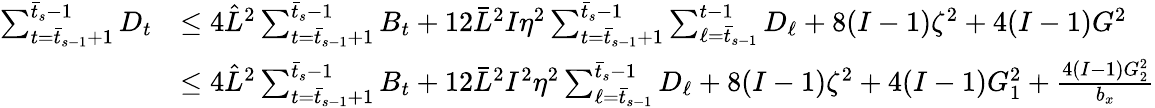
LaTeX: \begin{array}{rl}{\sum_{t=\bar{t}_{s-1}+1}^{\bar{t}_{s}-1}D_{t}}&{\leq 4\hat{L}^{2}\sum_{t=\bar{t}_{s-1}+1}^{\bar{t}_{s}-1}B_{t}+12\bar{L}^{2}I\eta^{2}\sum_{t=\bar{t}_{s-1}+1}^{\bar{t}_{s}-1}\sum_{\ell=\bar{t}_{s-1}}^{t-1}D_{\ell}+8(I-1)\zeta^{2}+4(I-1)G^{2}}\\ &{\leq 4\hat{L}^{2}\sum_{t=\bar{t}_{s-1}+1}^{\bar{t}_{s}-1}B_{t}+12\bar{L}^{2}I^{2}\eta^{2}\sum_{\ell=\bar{t}_{s-1}}^{\bar{t}_{s}-1}D_{\ell}+8(I-1)\zeta^{2}+4(I-1)G_{1}^{2}+\frac{4(I-1)G_{2}^{2}}{b_{x}}}\end{array}